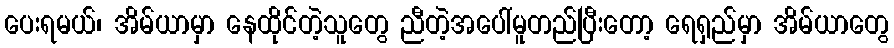
ပေးရမယ်၊ အိမ်ယာမှာ နေထိုင်တဲ့သူတွေ ညီတဲ့အပေါ်မူတည်ပြီးတော့ ရေရှည်မှာ အိမ်ယာတွေ